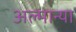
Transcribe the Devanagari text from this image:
अल्मान्या